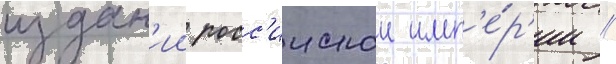
издан'ии росс'иискои имп'е́р'ии //